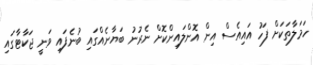
ހަމަލާތަކަށް ފަހު އައިއެސް އިން އޮންލައިންކޮށް ނެރުނު ބަޔާނެއްގައި ބުނެފައި ވަނީ ޖަކާޓާގައި